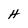
Character: H